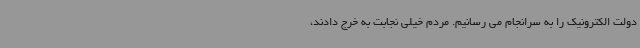
دولت الکترونیک را به سرانجام می رسانیم. مردم خیلی نجابت به خرج دادند،